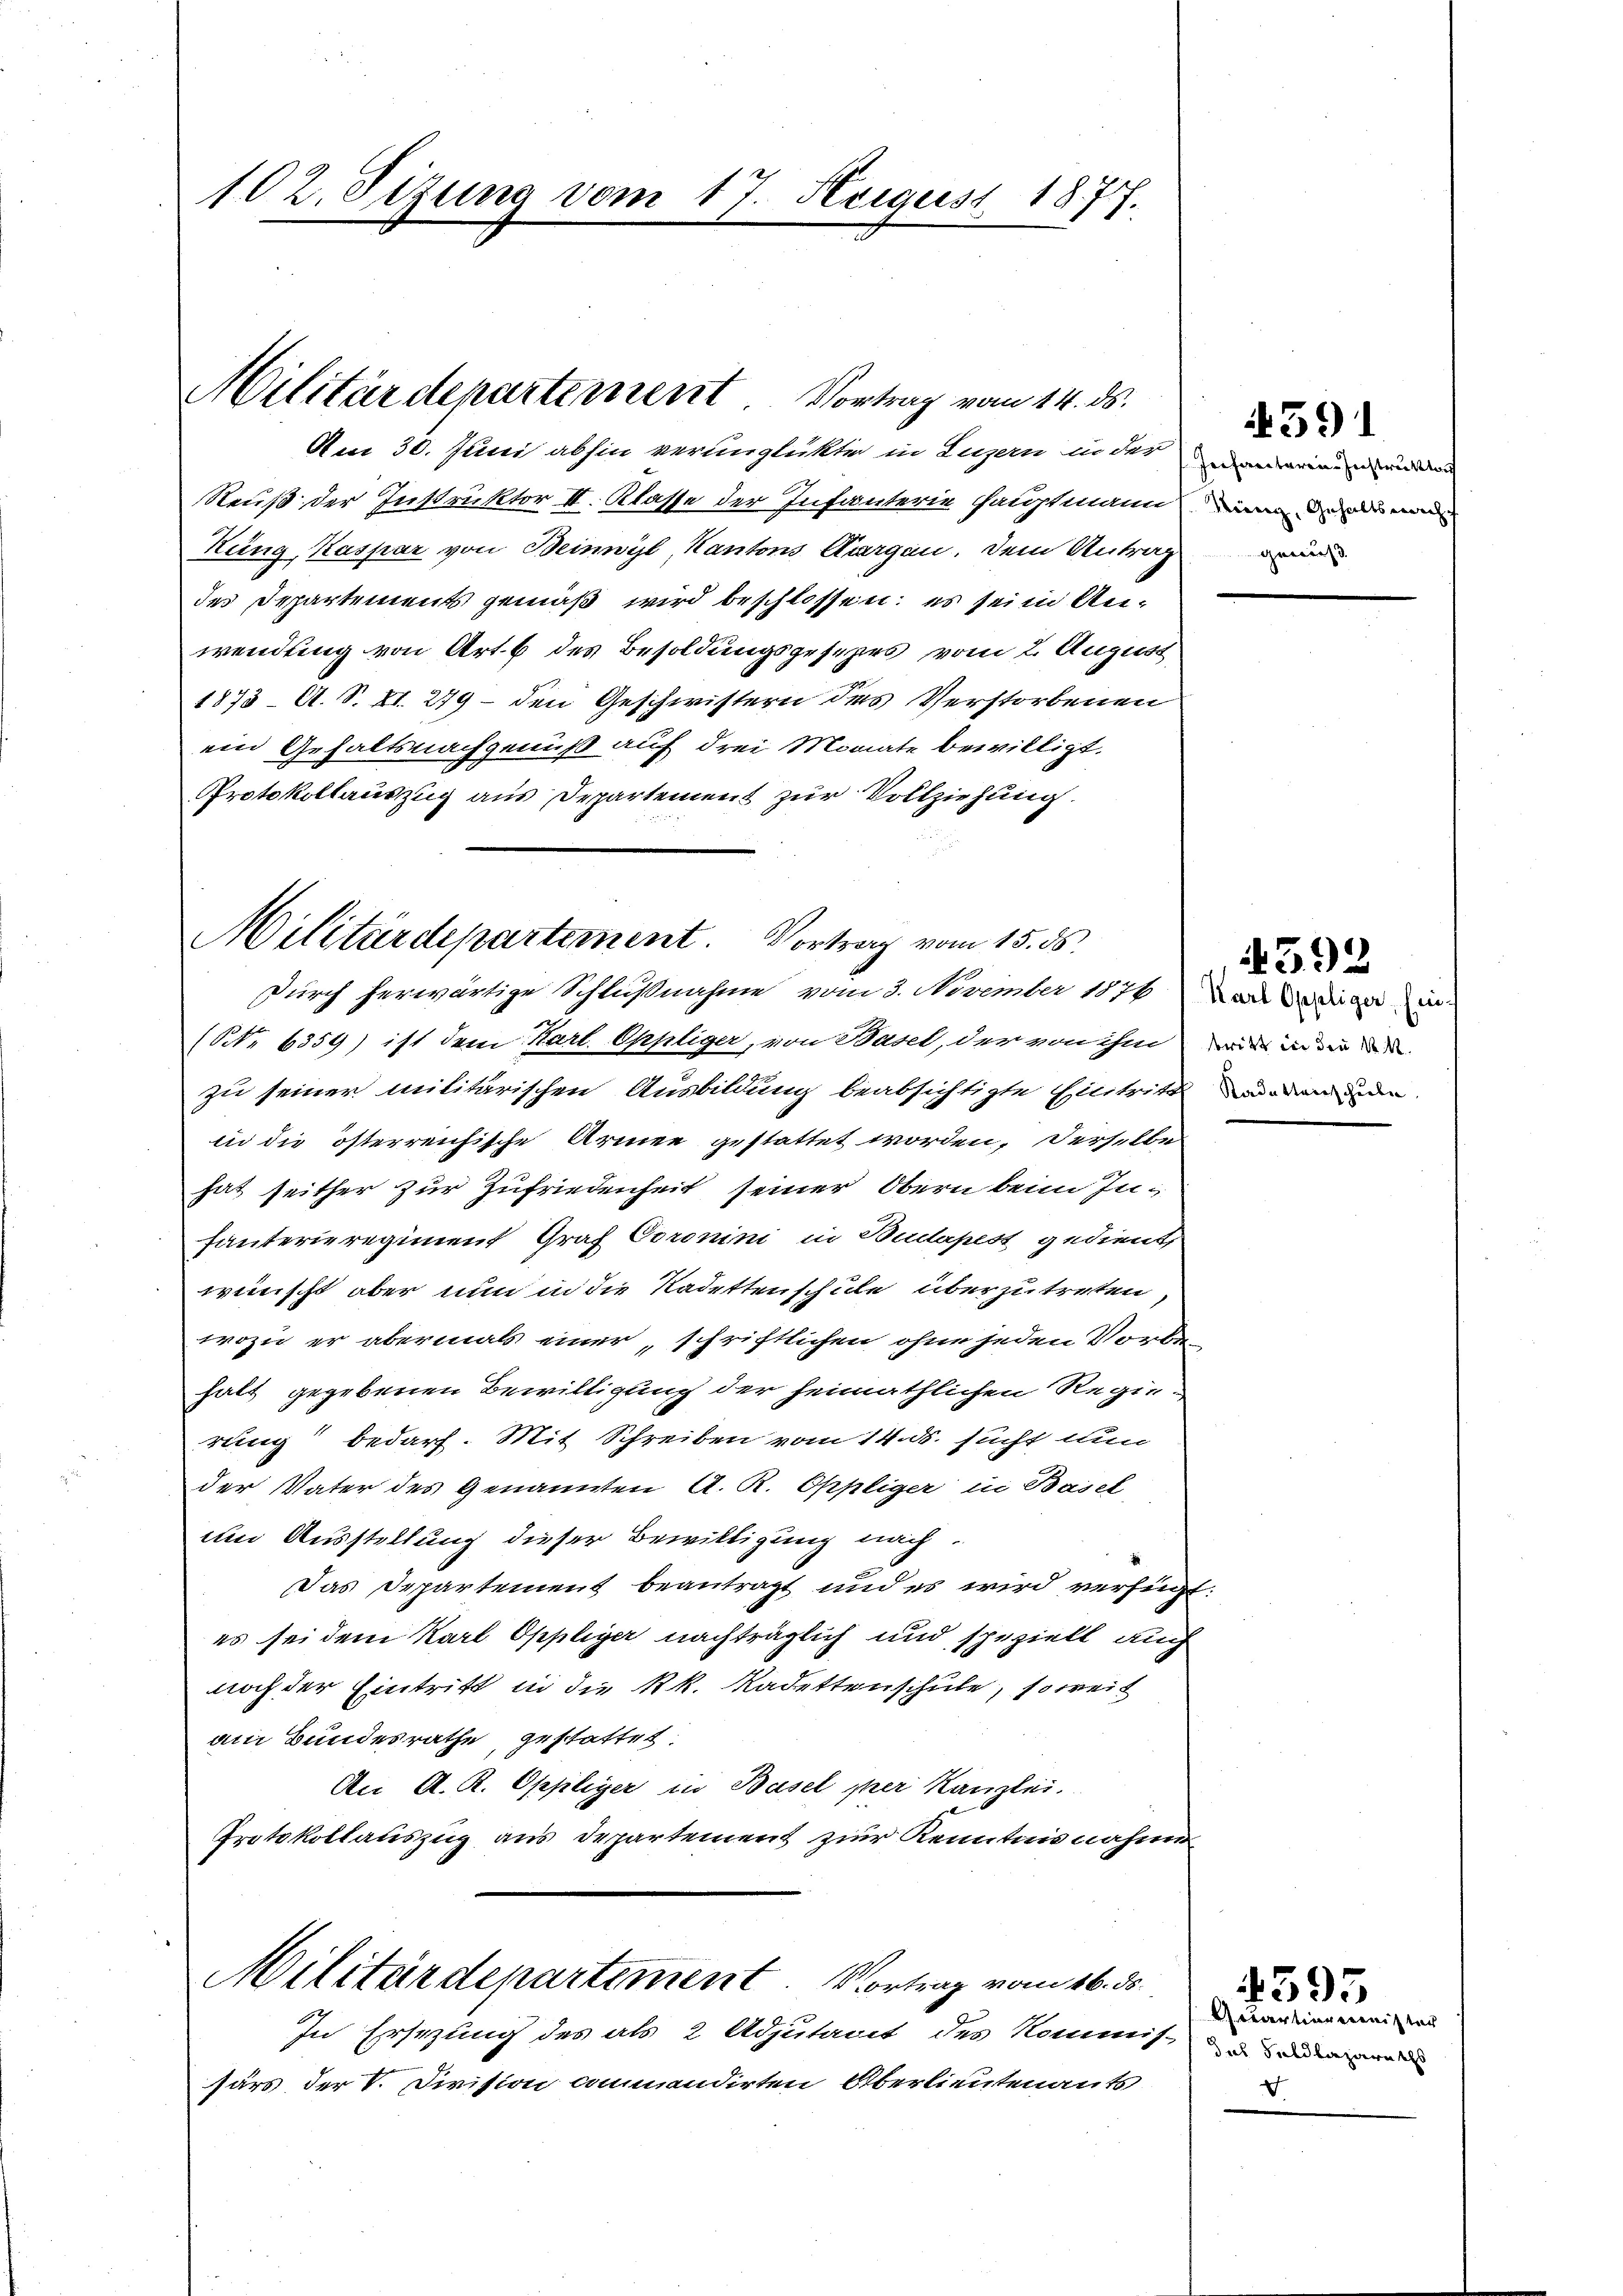
102. Sizung vom 17. August 1877.

Militärdepartement Vortrag vom 14. ds.

Am 30. Juni abhin verunglükte in Luzern indermainen und de
Reuß der Instruktor II. Klasse der Infanterie Hauptmann
Kung, Kaspar von Beinwyl, Kantons Aargau. Dem Antrag
des Departements gemäß wird beschlossen; es sein Anwendung von Art. 6 des Besoldungsgesezes vom 2. August
1873 A. S. XI. 279 – den Geschwistern des Verstorbenen
ein Gehaltsnachgenuß auf drei Monate bewilligt.
Protokollauszug aus Departement zur Vollziehung.

Militärdepartement. Vortrag vom 15. ds.

Durch herwärtige Schlußnahme vom 3. November 1876 von dasiger in
(No. 6559) ist dem Karl-Oppliger, von Basel, der von ihm wir in der
zu seiner militärischen Ausbildung beabsichtigte Eintritt den und
in die österreichische Armen gestattet worden, derselbes
hat seither zur Zufriedenheit seiner Obern beim Infanterieregiment Graf Coronini in Budapest gedient
wünscht aber nun in die Kadettenschule überzutreten,
wozu er abermals einer „schriftlichen ohne jeden Vorbehalt gegebenen Bewilligung der heimathlichen Regie-
rung bedarf. Mit Schreiben vom 14. ds. sucht nun
der Vater des Genannten A. R. Oppliger in Basel
um Ausstellung dieser Bewilligung nach
Das Departement beantragt und es wird verfügt:
es sei dem Karl Oppliger nachträglich und speziell auch
noch der Eintritt in die kk. Kadettenschule, soweit
am Bundesrathe geschaftet.
An A. R. Oppliger in Basel per Kanzlei.
Protokollauszug aus Departement zur Kenntnis nahme

Militärdepartement. Vortrag vom 16. ds.

In Ersezung des als 2 Adjutant des Kommis-
särs der V. Division commendirten Oberlieutenants

4591

4392

Getartierminister
das Saldlazareths
d

4395